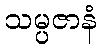
သမ္ပဇာနံ